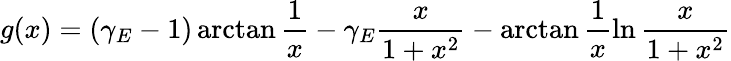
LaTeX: g(x)=(\gamma_{E}-1)\arctan\frac{1}{x}-\gamma_{E}\frac{x}{1+x^{2}}-\arctan\frac{1}{x}\ln\frac{x}{1+x^{2}}